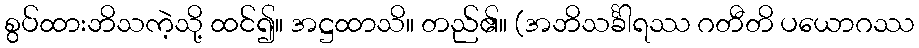
စွပ်ထားဘိသကဲ့သို့ ထင်၍။ အဋ္ဌထာသိ။ တည်၏။ (အဘိသင်္ခါရဿ ဂတီတိ ပယောဂဿ